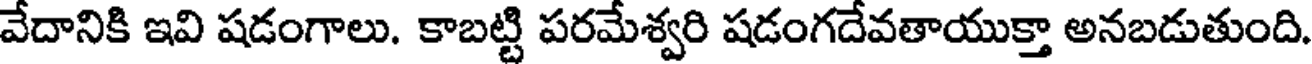
వేదానికి ఇవి షడంగాలు. కాబట్టి పరమేశ్వరి షడంగదేవతాయుక్తా అనబడుతుంది.